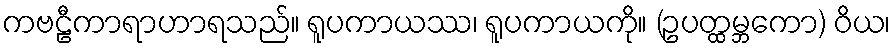
ကဗဠီကာရာဟာရသည်။ ရူပကာယဿ၊ ရူပကာယကို။ (ဥပတ္ထမ္ဘကော) ဝိယ၊